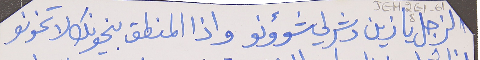
الزجل يا زين دشرلي شؤونو     واذا المنطق بخونك لا تخونو